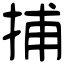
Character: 捕